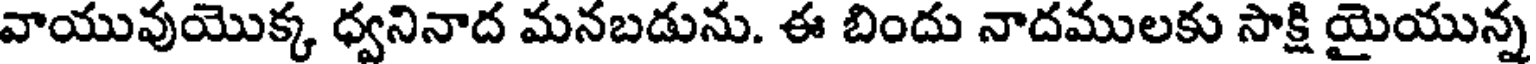
వాయువుయొక్క ధ్వనినాద మనబడును. ఈ బిందు నాదములకు సాక్షి యైయున్న